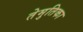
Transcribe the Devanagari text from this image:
तेमुतिका